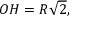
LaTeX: O H = R { \sqrt { 2 } } ,